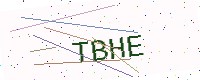
Text: TBHE